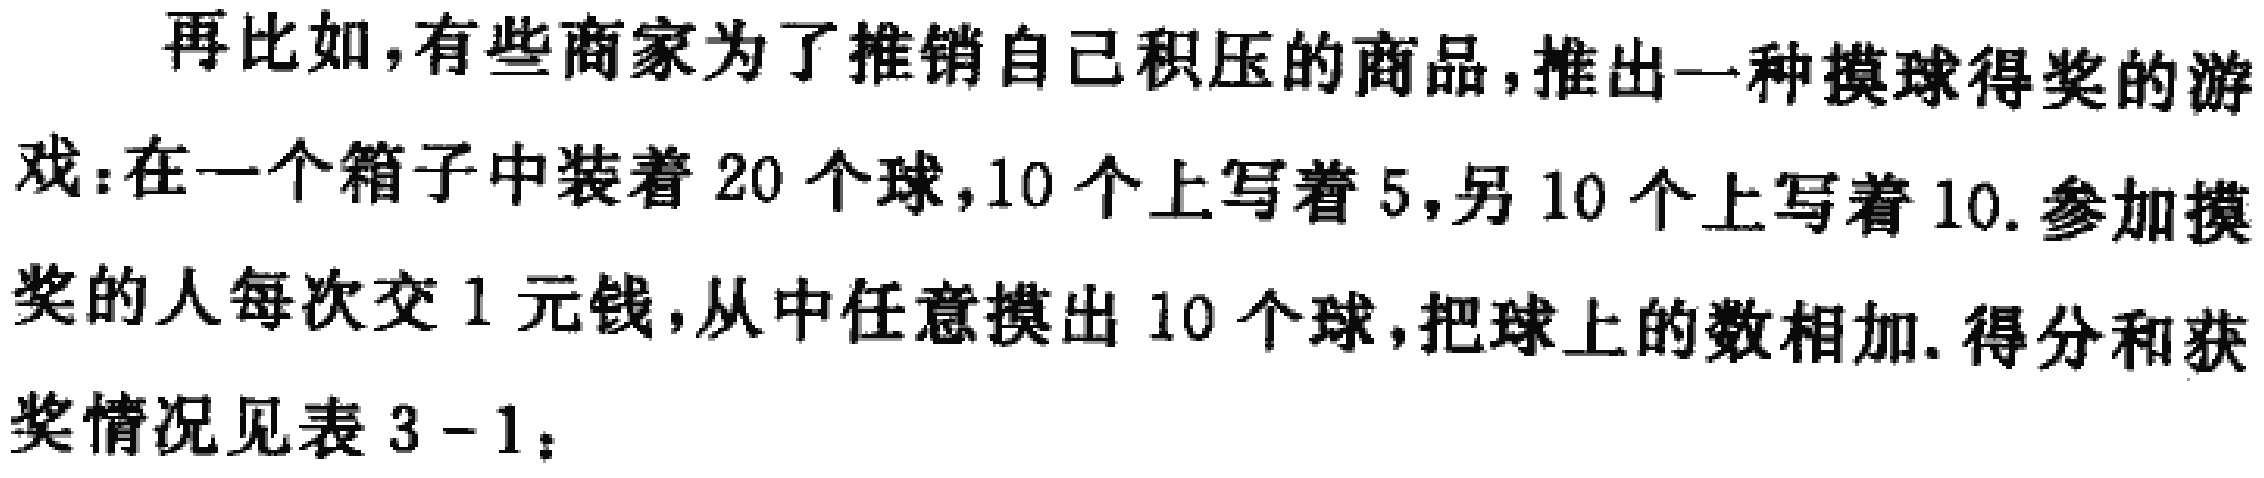
再比如，有些商家为了推销自己积压的商品，推出一种摸球得奖的游戏：在一个箱子中装着$20$个球，$10$个上写着$5$，另$10$个上写着$10$. 参加摸奖的人每次交$1$元钱，从中任意摸出$10$个球，把球上的数相加. 得分和获奖情况见表$3 - 1$：